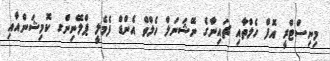
މިނިސްޓްރީ އޮފް ހެލްތާއި ޗައިނާގެ ނޭޝަނަލް ހެލްތް އެންޑް ފެމެލީ ޕްލޭނިންގ ކޮމިޝަންއާއި